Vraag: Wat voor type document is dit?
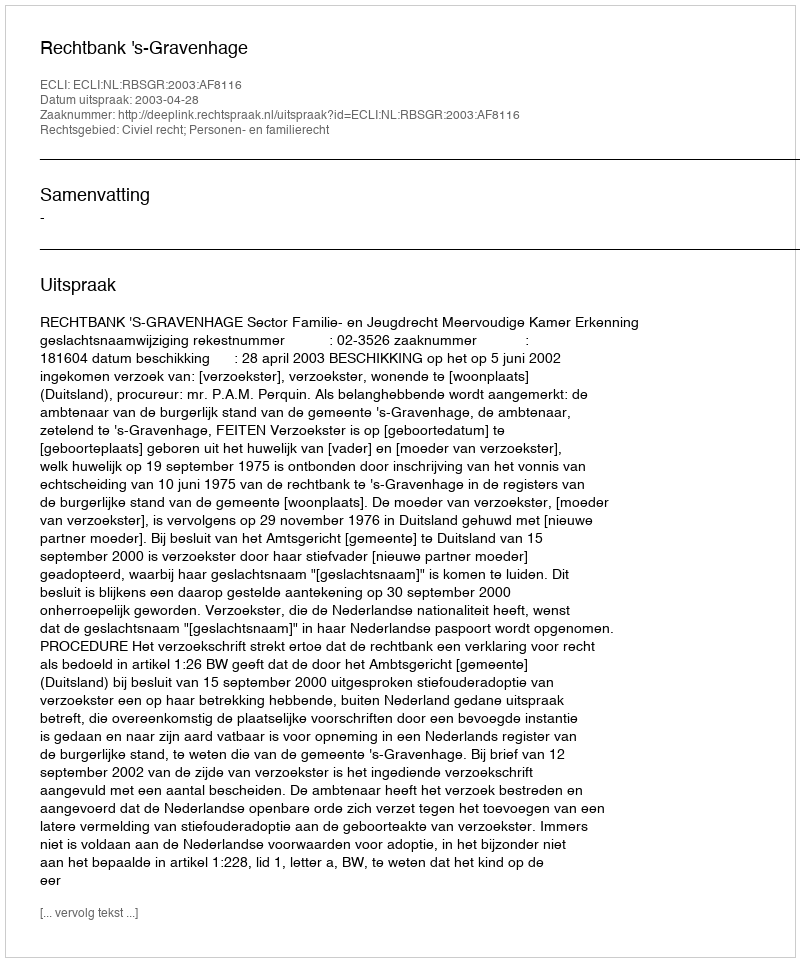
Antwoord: Uitspraak